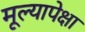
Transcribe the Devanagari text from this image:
मूल्यापेक्षा